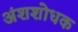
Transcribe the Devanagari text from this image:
अंशशोधक